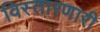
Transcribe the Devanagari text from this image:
विस्तारणारी